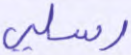
رسلي